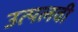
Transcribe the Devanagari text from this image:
उत्पलवी